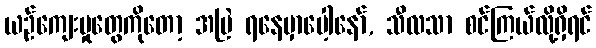
ယဉ်ကျေးမှုတွေကိုတော့ အမြဲ ရနေမှာပေါ့နော်, သီလသာ စင်ကြယ်လို့ရှိရင်